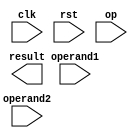
module floating_point_unit(
    input wire clk,
    input wire rst,
    input wire [63:0] operand1,
    input wire [63:0] operand2,
    input wire [1:0] op,    // Operation code (00: addition, 01: subtraction, 10: multiplication, 11: division)
    output reg [63:0] result
);

// Define signals and components here

// Arithmetic operation based on the op code
always @(posedge clk or posedge rst) begin
    if (rst) begin
        // Reset state
    end else begin
        case(op)
            2'b00: begin
                // Addition operation
            end
            2'b01: begin
                // Subtraction operation
            end
            2'b10: begin
                // Multiplication operation
            end
            2'b11: begin
                // Division operation
            end
            default: begin
                // Handle invalid operation code
            end
        endcase
    end
end

endmodule